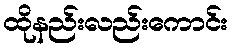
ထိုနည်းလည်းကောင်း